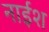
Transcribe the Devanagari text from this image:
नाईश